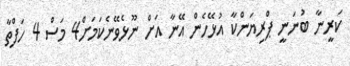
ކަރީނާ ބުނަނީ ޕްރިޔަންކާ އުޅޭހެން އޭނާ އަށް ނޫޅެވޭނެކަމަށް4 މަސް 4 ހަފްތާ